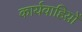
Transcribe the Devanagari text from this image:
कार्यवाहिय़ों